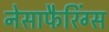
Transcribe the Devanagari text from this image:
नेसाफैरिंग्स